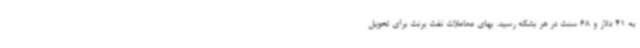
به 41 دلار و 68 سنت در هر بشکه رسید. بهای معاملات نفت برنت برای تحویل